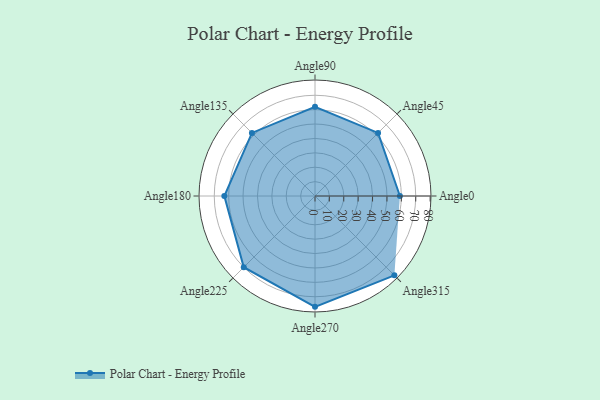
{"axis": {"x": "Angle", "y": "Radius"}, "legend": [""], "data": [{"x": "Angle0", "y": 59.0, "type": ""}, {"x": "Angle45", "y": 62.0, "type": ""}, {"x": "Angle90", "y": 62.0, "type": ""}, {"x": "Angle135", "y": 62.0, "type": ""}, {"x": "Angle180", "y": 63.0, "type": ""}, {"x": "Angle225", "y": 70.0, "type": ""}, {"x": "Angle270", "y": 77.0, "type": ""}, {"x": "Angle315", "y": 78.0, "type": ""}]}